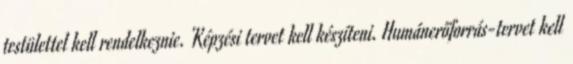
testülettel kell rendelkeznie. Képzési tervet kell készíteni. Humánerőforrás-tervet kell